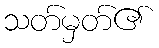
သတ်မှတ်၏